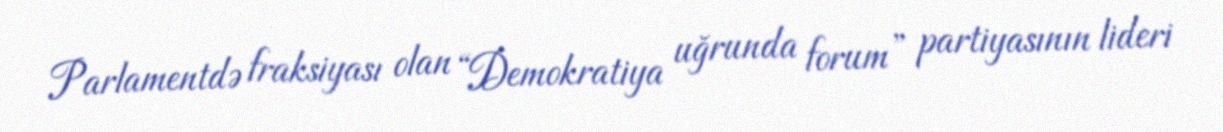
Parlamentdə fraksiyası olan “Demokratiya uğrunda forum” partiyasının lideri